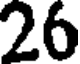
26